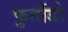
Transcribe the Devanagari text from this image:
फुर्ताडो